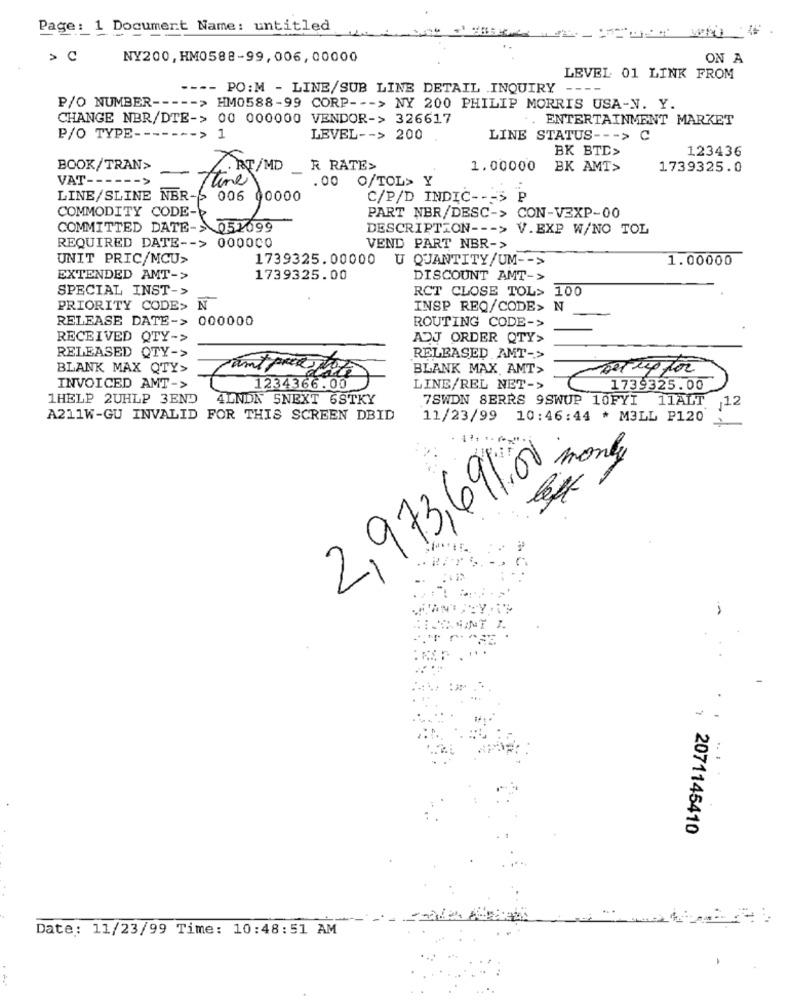
Page: 1 Document Name: untitled
NY200, HM0588-99,006,00000
ON A
LEVEL 01 LINK FROM
---- PO: M - LINE/SUB LINE DETAIL .INQUIRY --
--
P/O NUMBER ----- > HM0588-99 CORP --- > NY 200 PHILIP MORRIS USA-N. Y.
CHANGE NBR/DTE-> 00 000000 VENDOR-> 326617
ENTERTAINMENT MARKET
P/O TYPE ------- > 1
LEVEL -- > 200
LINE STATUS --- > C
BK BTD>
123436
BOOK/TRAN>
7. AT/MD
R RATE>
1.00000
BK AMT>
1739325.0
VAT -----
Time
.00 O/TOL> Y
LINE/SLINE NBR-> 006 00000
C/P/D INDIC -- - 5
COMMODITY CODE-b
PART NBR/DESC-> CON-VEXP-00
COMMITTED DATE->052099
DESCRIPTION --- > V.EXP W/NO TOL
REQUIRED DATE -- > 000000
VEND PART NBR->
UNIT PRIC/MCU>
1739325.00000 U QUANTITY/UM -- >
1.00000
EXTENDED AMT->
1739325.00
DISCOUNT AMT->
SPECIAL INST->
RCT CLOSE TOL> 100
PRIORITY CODE> N
INSP REQ/CODE> N
RELEASE DATE-> 000000
ROUTING CODE->
RECEIVED QTY->
ADJ ORDER QTY>
RELEASED QTY->
RELEASED AMT->
BLANK MAX QTY>
ant pres ste
BLANK MAX AMT>
setup for
INVOICED AMT->
1234366.00
LINE/REL NET->
1739325.00
1HELP 2UHLP 3END
4LNDN 5NEXT 6STKY
7SWDN SERRS 9SWUP 10FYI 11ALT 12
A211W-GU INVALID FOR THIS SCREEN DBID
11/23/99 10:46:44 * M3LL P120 ;
2,973,691.00
monly
- -
2071145410
Date: 11/23/99 Time: 10:48:51 AM